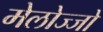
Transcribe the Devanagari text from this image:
मेलोज्जो